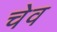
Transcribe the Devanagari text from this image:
चेव